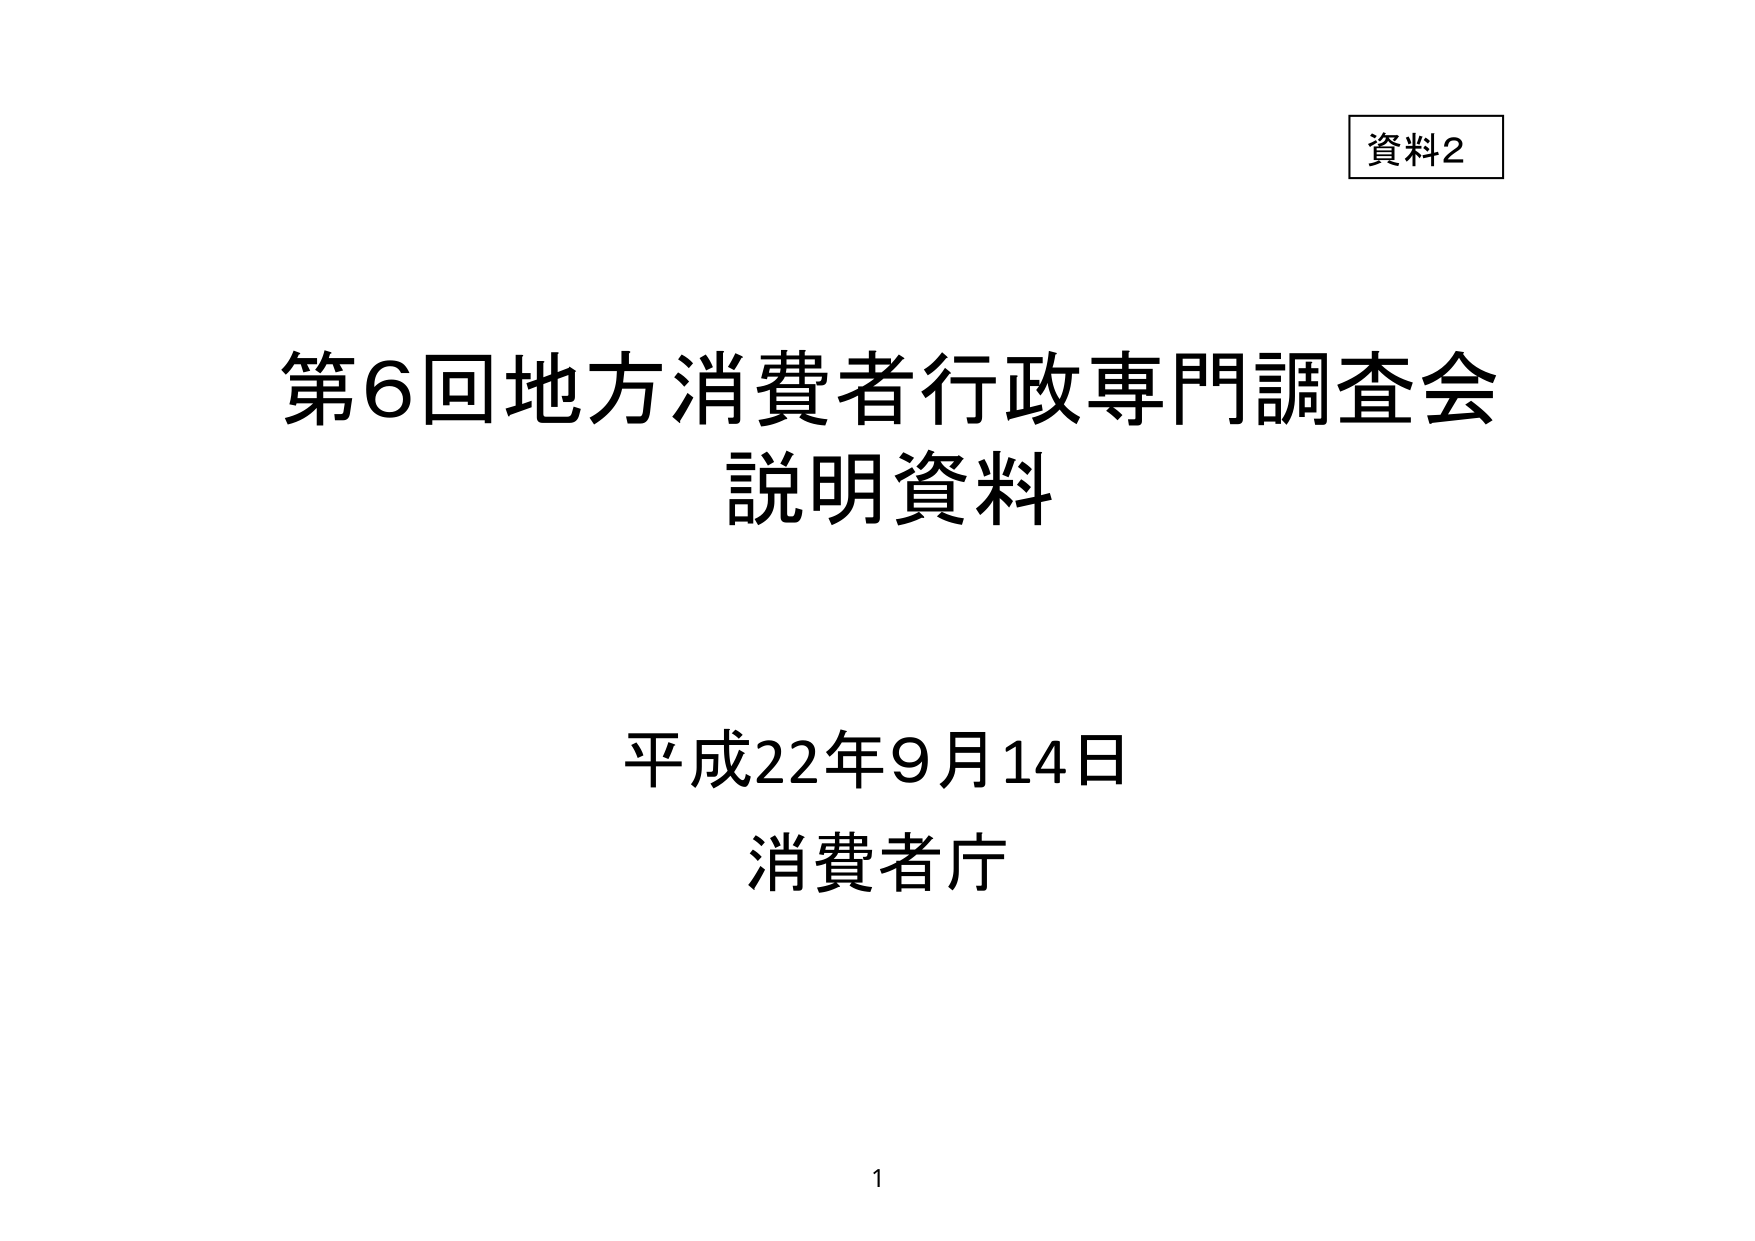
資料2

第6回地方消費者行政専門調査会
説明資料

平成22年9月14日
消費者庁

1